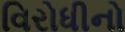
વિરોધીનો